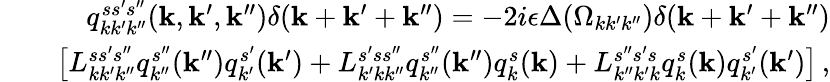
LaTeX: \begin{array}{rlr}&{}&{q_{kk^{\prime}k^{\prime\prime}}^{ss^{\prime}s^{\prime\prime}}({\mathbf k},{\mathbf k}^{\prime},{\mathbf k}^{\prime\prime})\delta({\mathbf k}+{\mathbf k}^{\prime}+{\mathbf k}^{\prime\prime})=-2i\epsilon\Delta(\Omega_{kk^{\prime}k^{\prime\prime}})\delta({\mathbf k}+{\mathbf k}^{\prime}+{\mathbf k}^{\prime\prime})}\\ &{}&{\left[L_{kk^{\prime}k^{\prime\prime}}^{ss^{\prime}s^{\prime\prime}}q_{k^{\prime\prime}}^{s^{\prime\prime}}({\mathbf k}^{\prime\prime})q_{k^{\prime}}^{s^{\prime}}({\mathbf k}^{\prime})+L_{k^{\prime}kk^{\prime\prime}}^{s^{\prime}ss^{\prime\prime}}q_{k^{\prime\prime}}^{s^{\prime\prime}}({\mathbf k}^{\prime\prime})q_{k}^{s}({\mathbf k})+L_{k^{\prime\prime}k^{\prime}k}^{s^{\prime\prime}s^{\prime}s}q_{k}^{s}({\mathbf k})q_{k^{\prime}}^{s^{\prime}}({\mathbf k}^{\prime})\right]\, ,}\end{array}